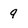
Character: q